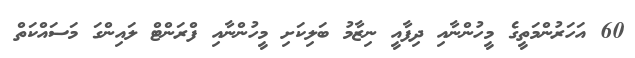
60 އަހަރުންމަތީގެ މީހުންނާއި ދިފާއީ ނިޒާމު ބަލިކަށި މީހުންނާއި ފްރަންޓް ލައިންގަ މަސައްކަތް